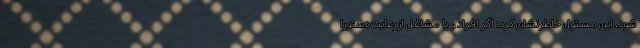
شود. این مسئول خاطرنشان کرد: اگر افراد و یا مشاغل از رعایت دستورا